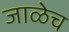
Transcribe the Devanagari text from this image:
जाळेच